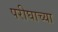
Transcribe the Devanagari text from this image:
परीघाच्या